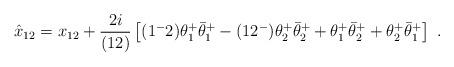
LaTeX: \begin{align*} \hat x_{12} =x_{12} + {2i\over (12)} \left[(1^-2) \theta^+_1 \bar\theta^+_1 - (12^-) \theta^+_2 \bar\theta^+_2 + \theta^+_1 \bar\theta^+_2 + \theta^+_2 \bar\theta^+_1\right] \ .\end{align*}